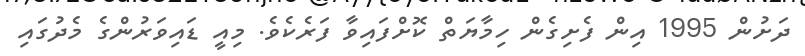
ދަށުން 1995 އިން ފެށިގެން ހިމާޔަތް ކޮށްފައިވާ ފަރެކެވެ. މިއީ ޑައިވަރުންގެ މެދުގައި